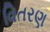
વિતરણ